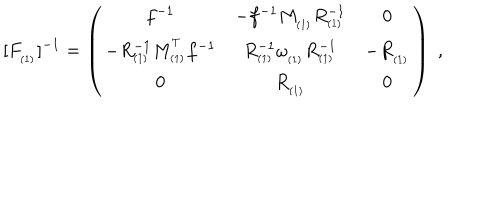
LaTeX: \lbrack F _ { _ { ( 1 ) } } ] ^ { - 1 } = \left( \begin{array} { c c c } { { f ^ { - 1 } } } & { { - f ^ { - 1 } M _ { _ { ( 1 ) } } R _ { _ { ( 1 ) } } ^ { - 1 } } } & { { 0 } } \\ { { - R _ { _ { ( 1 ) } } ^ { - 1 } M _ { _ { ( 1 ) } } ^ { ^ T } f ^ { - 1 } } } & { { R _ { _ { ( 1 ) } } ^ { - 1 } \omega _ { _ { ( 1 ) } } R _ { _ { ( 1 ) } } ^ { - 1 } } } & { { - R _ { _ { ( 1 ) } } } } \\ { { 0 } } & { { R _ { _ { ( 1 ) } } } } & { { 0 } } \\ \end{array} \right) \; ,